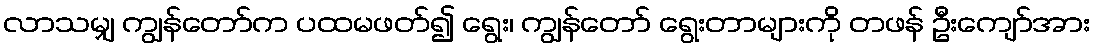
လာသမျှ ကျွန်တော်က ပထမဖတ်၍ ရွေး၊ ကျွန်တော် ရွေးတာများကို တဖန် ဦးကျော်အား